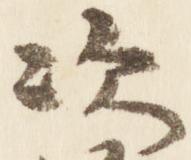
次